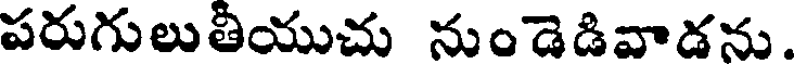
పరుగులుతీయుచు నుండెడివాడను.